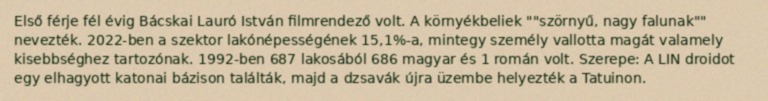
Első férje fél évig Bácskai Lauró István filmrendező volt. A környékbeliek ""szörnyű, nagy falunak"" nevezték. 2022-ben a szektor lakónépességének 15,1%-a, mintegy személy vallotta magát valamely kisebbséghez tartozónak. 1992-ben 687 lakosából 686 magyar és 1 román volt. Szerepe: A LIN droidot egy elhagyott katonai bázison találták, majd a dzsavák újra üzembe helyezték a Tatuinon.